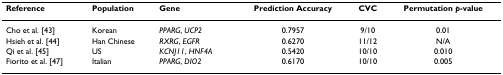
<table><thead><tr><td><b>Reference</b></td><td><b>Population</b></td><td><b>Gene</b></td><td><b>Prediction Accuracy</b></td><td><b>CVC</b></td><td><b>Permutation <i>p</i>-value</b></td></tr></thead><tbody><tr><td>Cho et al. [43]</td><td>Korean</td><td><i>PPARG</i>, <i>UCP2</i></td><td>0.7957</td><td>9/10</td><td>0.01</td></tr><tr><td>Hsieh et al. [44]</td><td>Han Chinese</td><td><i>RXRG</i>, <i>EGFR</i></td><td>0.6270</td><td>11/12</td><td>N/A</td></tr><tr><td>Qi et al. [45]</td><td>US</td><td><i>KCNJ11</i>, <i>HNF4A</i></td><td>0.5420</td><td>10/10</td><td>0.010</td></tr><tr><td>Fiorito et al. [47]</td><td>Italian</td><td><i>PPARG</i>, <i>DIO2</i></td><td>0.6170</td><td>10/10</td><td>0.005</td></tr></tbody></table>